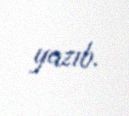
yazıb.